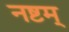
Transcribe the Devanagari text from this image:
नष्टम्